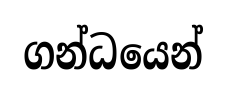
ගන්ධයෙන්